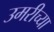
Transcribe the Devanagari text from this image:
उमरीच्या